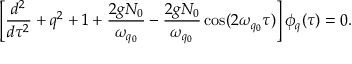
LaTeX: \left[ \frac { d ^ { 2 } } { d \tau ^ { 2 } } + q ^ { 2 } + 1 + \frac { 2 g N _ { 0 } } { \omega _ { q _ { 0 } } } - \frac { 2 g N _ { 0 } } { \omega _ { q _ { 0 } } } \cos ( 2 \omega _ { q _ { 0 } } \tau ) \right] \phi _ { q } ( \tau ) = 0 .